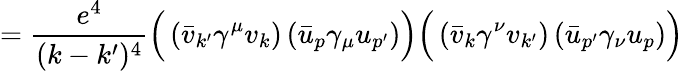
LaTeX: ={\frac{e^{4}}{(k-k^{\prime})^{4}}}{\Big(}\left({\bar{v}}_{k^{\prime}}\gamma^{\mu}v_{k}\right)\left({\bar{u}}_{p}\gamma_{\mu}u_{p^{\prime}}\right){\Big)}{\Big(}\left({\bar{v}}_{k}\gamma^{\nu}v_{k^{\prime}}\right)\left({\bar{u}}_{p^{\prime}}\gamma_{\nu}u_{p}\right){\Big)}